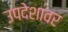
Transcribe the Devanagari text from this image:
उपदेशावर